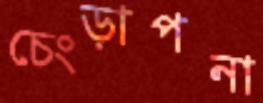
চেংড়াপনা